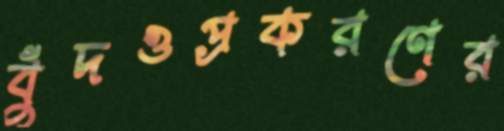
বুঁদওপ্রকরণের